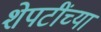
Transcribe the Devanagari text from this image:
शेपटींच्या